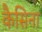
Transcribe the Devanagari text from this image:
कैसिना